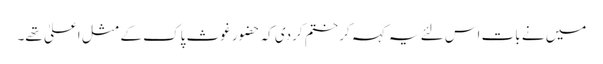
میں نے بات اس لئے یہ کہہ کر ختم کردی کہ حضور غوث پاک کے مثل اعلیٰ تھے۔